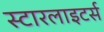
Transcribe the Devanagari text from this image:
स्टारलाइटर्स